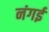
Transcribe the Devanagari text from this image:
नंगई